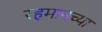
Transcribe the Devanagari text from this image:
रहमानच्या